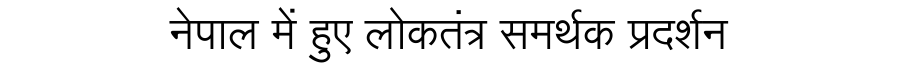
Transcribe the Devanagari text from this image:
नेपाल में हुए लोकतंत्र समर्थक प्रदर्शन